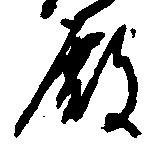
殿